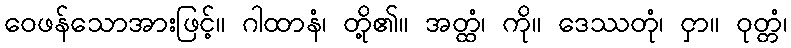
ဝေဖန်သောအားဖြင့်။ ဂါထာနံ၊ တို့၏။ အတ္ထံ၊ ကို။ ဒေဿတုံ၊ ငှာ။ ဝုတ္တံ၊